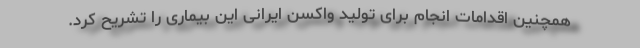
همچنین اقدامات انجام برای تولید واکسن ایرانی این بیماری را تشریح کرد.